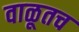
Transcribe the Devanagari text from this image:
वाळूतच